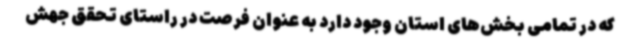
که در تمامی بخش‌های استان وجود دارد به عنوان فرصت در راستای تحقق جهش